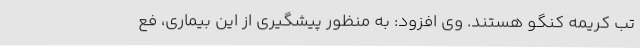
تب کریمه کنگو هستند. وی افزود: به منظور پیشگیری از این بیماری، فع